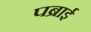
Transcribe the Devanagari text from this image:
पब्राई